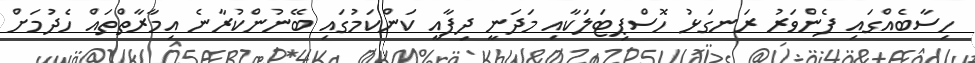
ހިސާބެއްގައި ފެންވަރު ރަނގަޅު ހޮސްޕިޓަލަކާއި މަދަނީ ދިފާއީ ކަންކަމުގައި ބޭނުންކުރާނެ އިމާރާތްތައް ހެދުމަށް